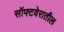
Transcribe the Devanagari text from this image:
सॉफ्टवेरातील